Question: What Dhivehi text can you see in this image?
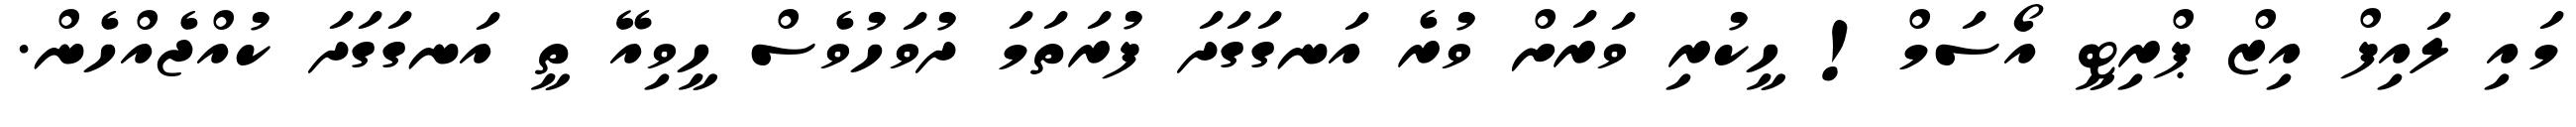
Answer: މައި ލައިފް އިޒް ޕްރިޓީ އޯސަމް! ހީކުރި ވަރަށް ވުރެ އަނގަގަދަ ފުރަތަމަ ދުވަހުވެސް ހީވިއޭ ތީ އަނގަގަދަ ކުއްޖެއްހެން.